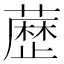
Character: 𮒃